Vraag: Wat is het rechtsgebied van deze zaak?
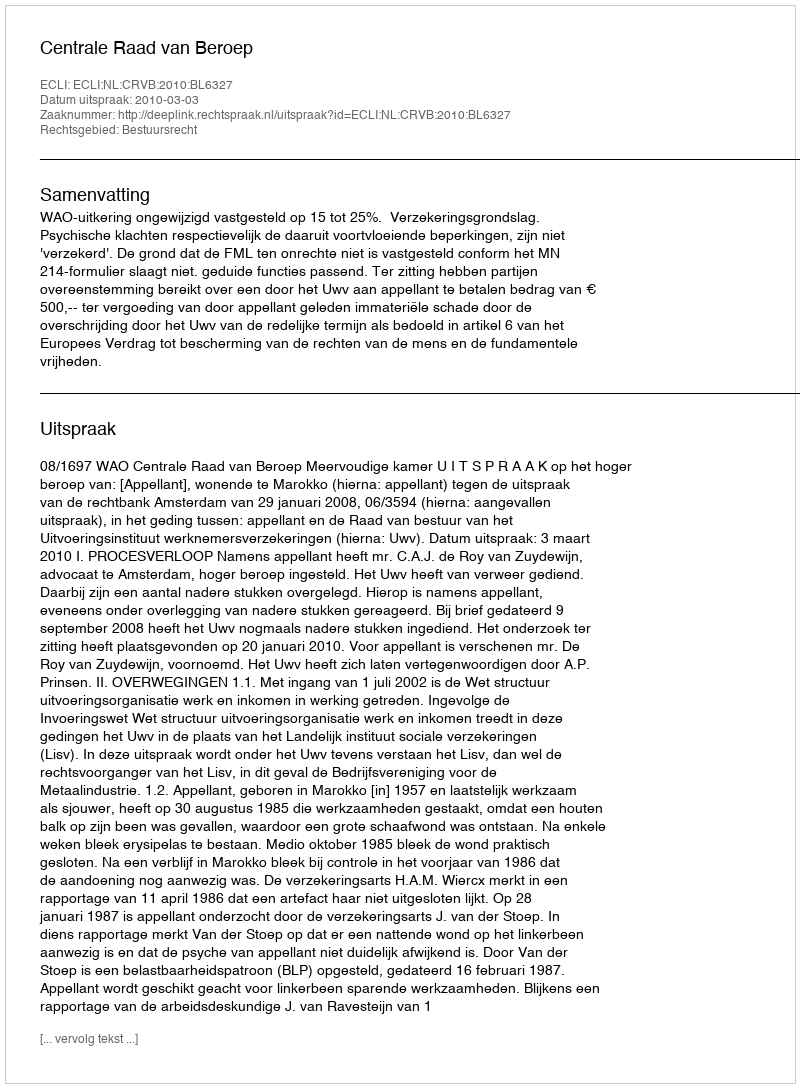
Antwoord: Bestuursrecht